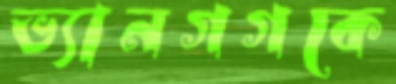
ভ্যানগগকে